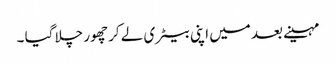
مہینے بعد میں اپنی بیٹری لے کر چھور چلا گیا ۔